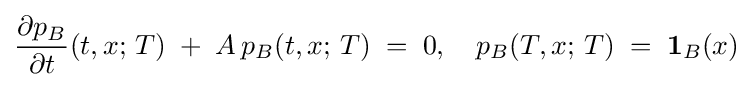
{\frac {\partial p_{B}}{\partial t}}(t,x;\,T)\;+\;A\,p_{B}(t,x;\,T)\;=\;0,\quad p_{B}(T,x;\,T)\;=\;\mathbf {1} _{B}(x)